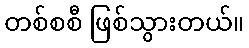
တစ်စစီ ဖြစ်သွားတယ်။